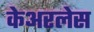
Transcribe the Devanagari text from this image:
केअरलेस